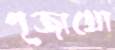
পূজাখো